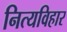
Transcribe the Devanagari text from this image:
नित्यविहार